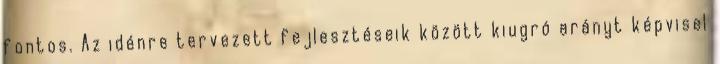
fontos. Az idénre tervezett fejlesztéseik között kiugró arányt képvisel